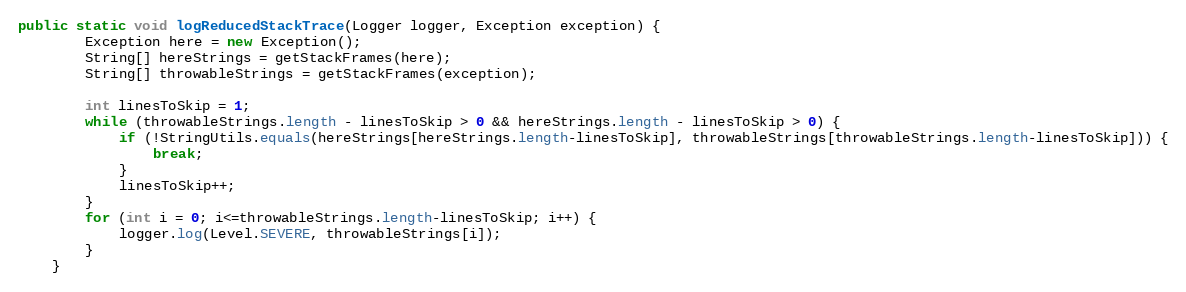
Language: Java
public static void logReducedStackTrace(Logger logger, Exception exception) {
		Exception here = new Exception();
		String[] hereStrings = getStackFrames(here);
		String[] throwableStrings = getStackFrames(exception);

		int linesToSkip = 1;
		while (throwableStrings.length - linesToSkip > 0 && hereStrings.length - linesToSkip > 0) {
			if (!StringUtils.equals(hereStrings[hereStrings.length-linesToSkip], throwableStrings[throwableStrings.length-linesToSkip])) {
				break;
			}
			linesToSkip++;
		}
		for (int i = 0; i<=throwableStrings.length-linesToSkip; i++) {
			logger.log(Level.SEVERE, throwableStrings[i]);
		}
	}